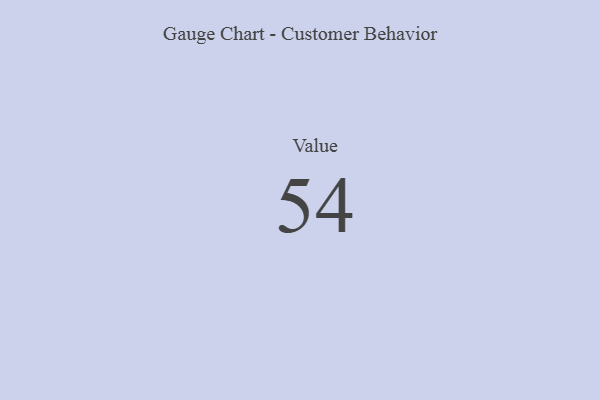
{"axis": {"x": "Metric", "y": "Value"}, "legend": [""], "data": [{"x": "Value", "y": 54, "type": ""}]}